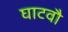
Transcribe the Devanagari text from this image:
घाटवौ